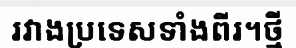
រវាងប្រទេសទាំងពីរ។ថ្មី